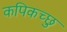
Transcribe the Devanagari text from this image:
कपिकच्छु